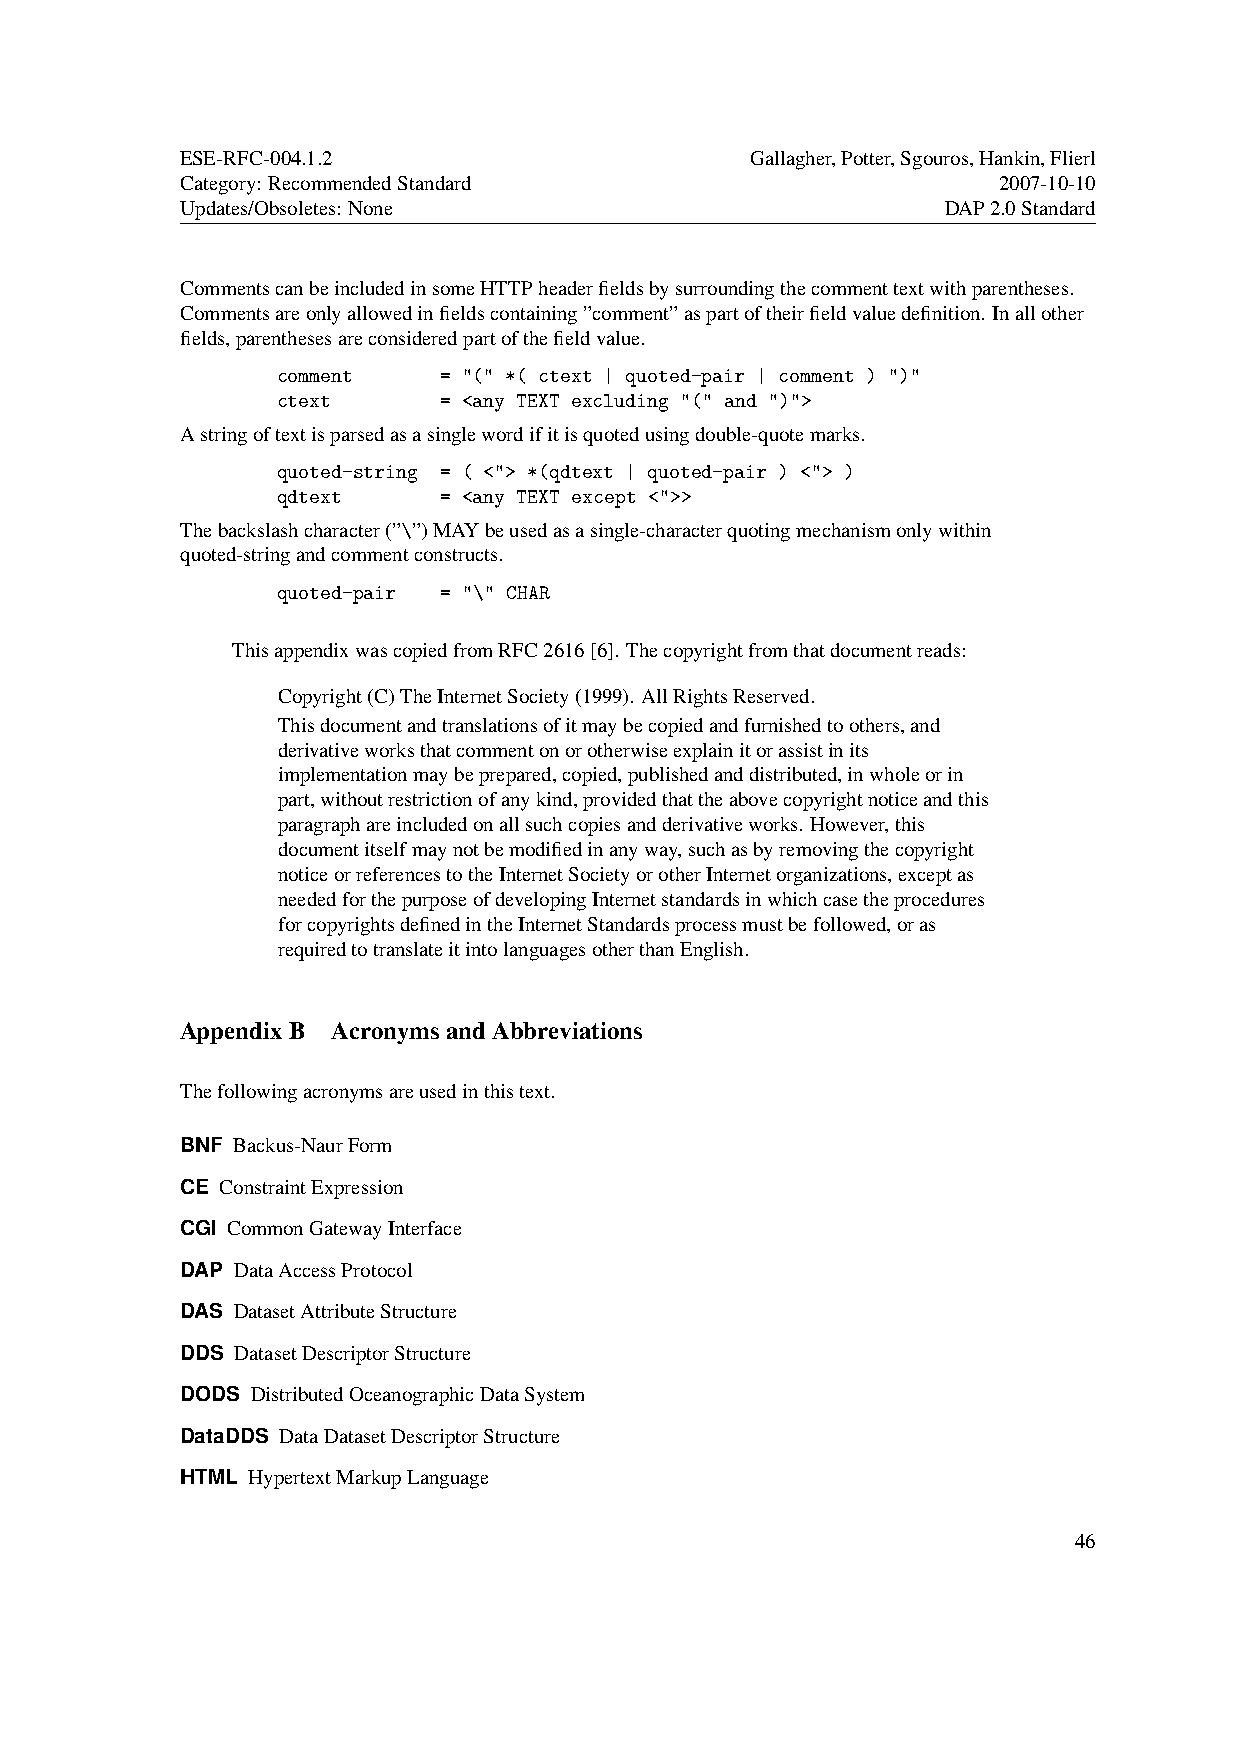
ESE-RFC-004.1.2                       Gallagher,Potter,Sgouros,Hankin,Flierl
 Category: RecommendedStandard                         2007-10-10
 Updates/Obsoletes: None                            DAP2.0Standard
 CommentscanbeincludedinsomeHTTPheaderfieldsbysurroundingthecommenttextwithparentheses.
 Commentsareonlyallowedinfieldscontaining”comment”aspartoftheirfieldvaluedefinition. Inallother
 fields,parenthesesareconsideredpartofthefieldvalue.
 comment    = "(" *( ctext | quoted-pair | comment ) ")"
 ctext      = <any TEXT excluding "(" and ")">
 Astringoftextisparsedasasinglewordifitisquotedusingdouble-quotemarks.
 quoted-string = ( <"> *(qdtext | quoted-pair ) <"> )
 qdtext     = <any TEXT except <">>
 Thebackslashcharacter(”\”)MAYbeusedasasingle-characterquotingmechanismonlywithin
 quoted-stringandcommentconstructs.
 quoted-pair = "\" CHAR
 ThisappendixwascopiedfromRFC2616[6]. Thecopyrightfromthatdocumentreads:
 Copyright(C)TheInternetSociety(1999). AllRightsReserved.
 Thisdocumentandtranslationsofitmaybecopiedandfurnishedtoothers,and
 derivativeworksthatcommentonorotherwiseexplainitorassistinits
 implementationmaybeprepared,copied,publishedanddistributed,inwholeorin
 part,withoutrestrictionofanykind,providedthattheabovecopyrightnoticeandthis
 paragraphareincludedonallsuchcopiesandderivativeworks. However,this
 documentitselfmaynotbemodifiedinanyway,suchasbyremovingthecopyright
 noticeorreferencestotheInternetSocietyorotherInternetorganizations,exceptas
 neededforthepurposeofdevelopingInternetstandardsinwhichcasetheprocedures
 forcopyrightsdefinedintheInternetStandardsprocessmustbefollowed,oras
 requiredtotranslateitintolanguagesotherthanEnglish.
 AppendixB AcronymsandAbbreviations
 Thefollowingacronymsareusedinthistext.
 BNF Backus-NaurForm
 CE ConstraintExpression
 CGI CommonGatewayInterface
 DAP DataAccessProtocol
 DAS DatasetAttributeStructure
 DDS DatasetDescriptorStructure
 DODS DistributedOceanographicDataSystem
 DataDDS DataDatasetDescriptorStructure
 HTML HypertextMarkupLanguage
 46